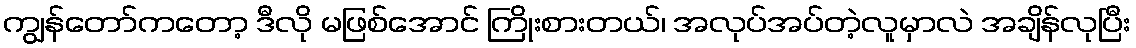
ကျွန်တော်ကတော့ ဒီလို မဖြစ်အောင် ကြိုးစားတယ်၊ အလုပ်အပ်တဲ့လူမှာလဲ အချိန်လုပြီး